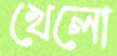
খেলো